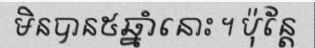
មិនបាន៥ឆ្នាំនោះ ។ ប៉ុន្តែ